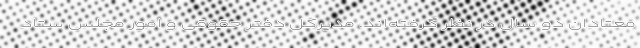
معتادان دو سال در نظر گرفته‌اند. مدیرکل دفتر حقوقی و امور مجلس ستاد